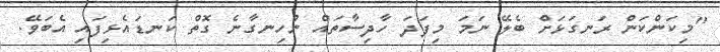
"މިކަންކަން ރަނގަޅަށް ބެލޭ ނަމަ މިފަދަ ހާދިސާތައް ނުހިނގާނެ ގޮތް ކަނޑައެޅިފައި އެބަވޭ.